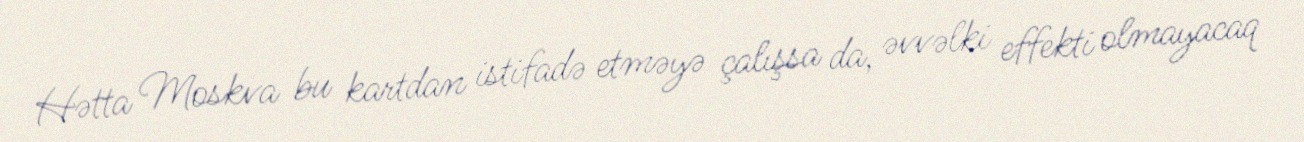
Hətta Moskva bu kartdan istifadə etməyə çalışsa da, əvvəlki effekti olmayacaq